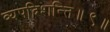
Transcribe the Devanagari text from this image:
व्यपदिशन्ति॥९॥